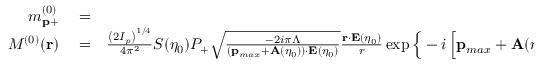
\begin{array} { r l r } { m _ { \mathbf { p } + } ^ { ( 0 ) } } & { { } = } & { - i \int d ^ { 3 } \mathbf { r } { \cal M } ^ { ( 0 ) } ( \mathbf { r } ) } \\ { { \cal M } ^ { ( 0 ) } ( \mathbf { r } ) } & { { } = } & { \frac { \left( 2 I _ { p } \right) ^ { 1 / 4 } } { 4 \pi ^ { 2 } } { \cal S } ( \eta _ { 0 } ) { \cal P } _ { + } \sqrt { \frac { - 2 i \pi \Lambda } { \left( \mathbf { p } _ { m a x } + \mathbf { A } ( \eta _ { 0 } ) \right) \cdot \mathbf { E } ( \eta _ { 0 } ) } } \frac { \mathbf { r } \cdot \mathbf { E } ( \eta _ { 0 } ) } { r } \exp \Big \{ - i \left[ \mathbf { p } _ { m a x } + \mathbf { A } ( \eta _ { 0 } ) + \frac { \varepsilon - c ^ { 2 } + I _ { p } } { c } \hat { \mathbf { k } } \right] \cdot \mathbf { r } } \end{array}